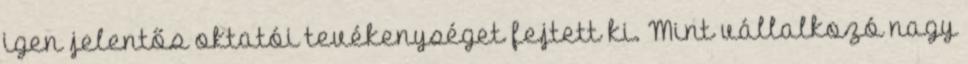
igen jelentős oktatói tevékenységet fejtett ki. Mint vállalkozó nagy